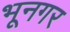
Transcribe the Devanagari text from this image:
भूनगर